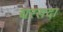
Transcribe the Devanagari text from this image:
चरसदा